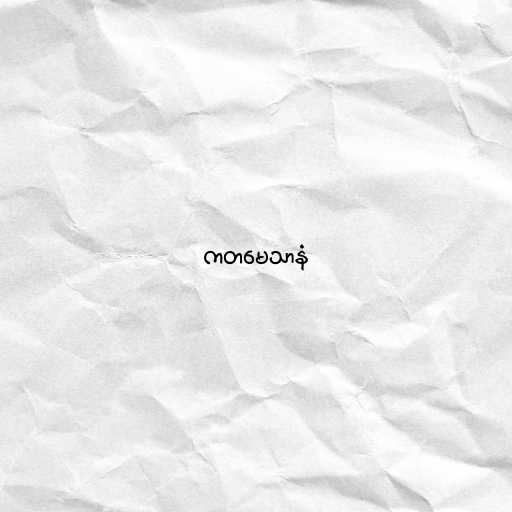
ကတမေသာနံ